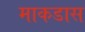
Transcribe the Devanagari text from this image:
माकडास